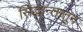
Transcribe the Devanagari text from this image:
सिद्धान्तातून